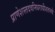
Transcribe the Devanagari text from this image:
प्राणेशस्तदवनिधराधीशतनये